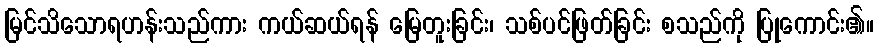
မြင်သိသောရဟန်းသည်ကား ကယ်ဆယ်ရန် မြေတူးခြင်း၊ သစ်ပင်ဖြတ်ခြင်း စသည်ကို ပြုကောင်း၏။